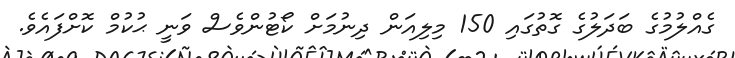
ގެއްލުމުގެ ބަދަލުގެ ގޮތުގައި 150 މިލިއަން ދިނުމަށް ކޯޓުންވެސް ވަނީ ޙުކުމް ކޮށްފައެވެ.